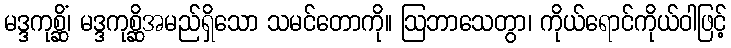
မဒ္ဒကုစ္ဆိံ၊ မဒ္ဒကုစ္ဆိအမည်ရှိသော သမင်တောကို။ ဩဘာသေတွာ၊ ကိုယ်ရောင်ကိုယ်ဝါဖြင့်